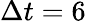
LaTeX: \Delta t=6